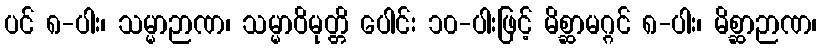
ပင် ၈-ပါး၊ သမ္မာဉာဏ၊ သမ္မာဝိမုတ္တိ ပေါင်း ၁၀-ပါးဖြင့် မိစ္ဆာမဂ္ဂင် ၈-ပါး၊ မိစ္ဆာဉာဏ၊